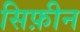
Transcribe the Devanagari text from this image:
सिफ़ीन